画像に写った文字を読んでください
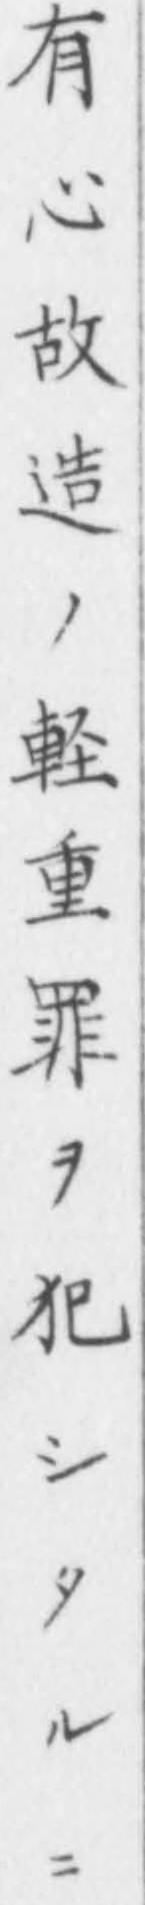
「有心故造ノ軽重罪ヲ犯シタルニ」と書いてあります